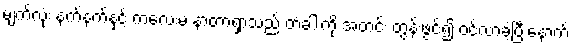
မျက်လုံး နက်နက်နှင့် ကလေးမ နာတာရှာသည် တံခါးကို အတင်း တွန်းဖွင့်၍ ဝင်လာခဲ့ပြီးနောက်